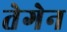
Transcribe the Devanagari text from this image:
तेगेन